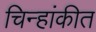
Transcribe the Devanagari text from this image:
चिन्हांकीत